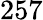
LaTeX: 257